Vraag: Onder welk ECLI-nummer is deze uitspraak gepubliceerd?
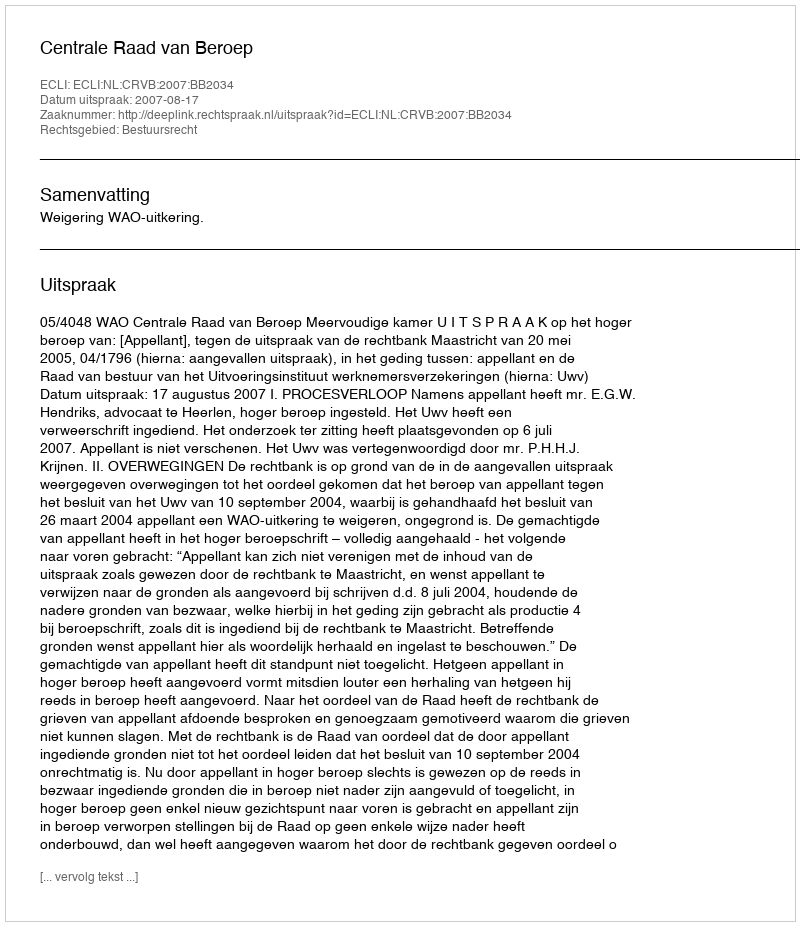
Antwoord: ECLI:NL:CRVB:2007:BB2034